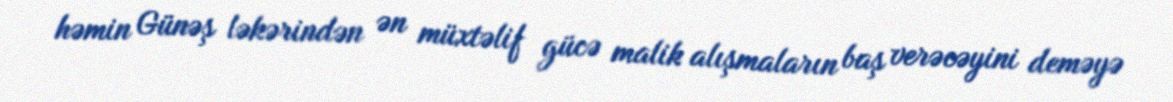
həmin Günəş ləkərindən ən müxtəlif gücə malik alışmaların baş verəcəyini deməyə